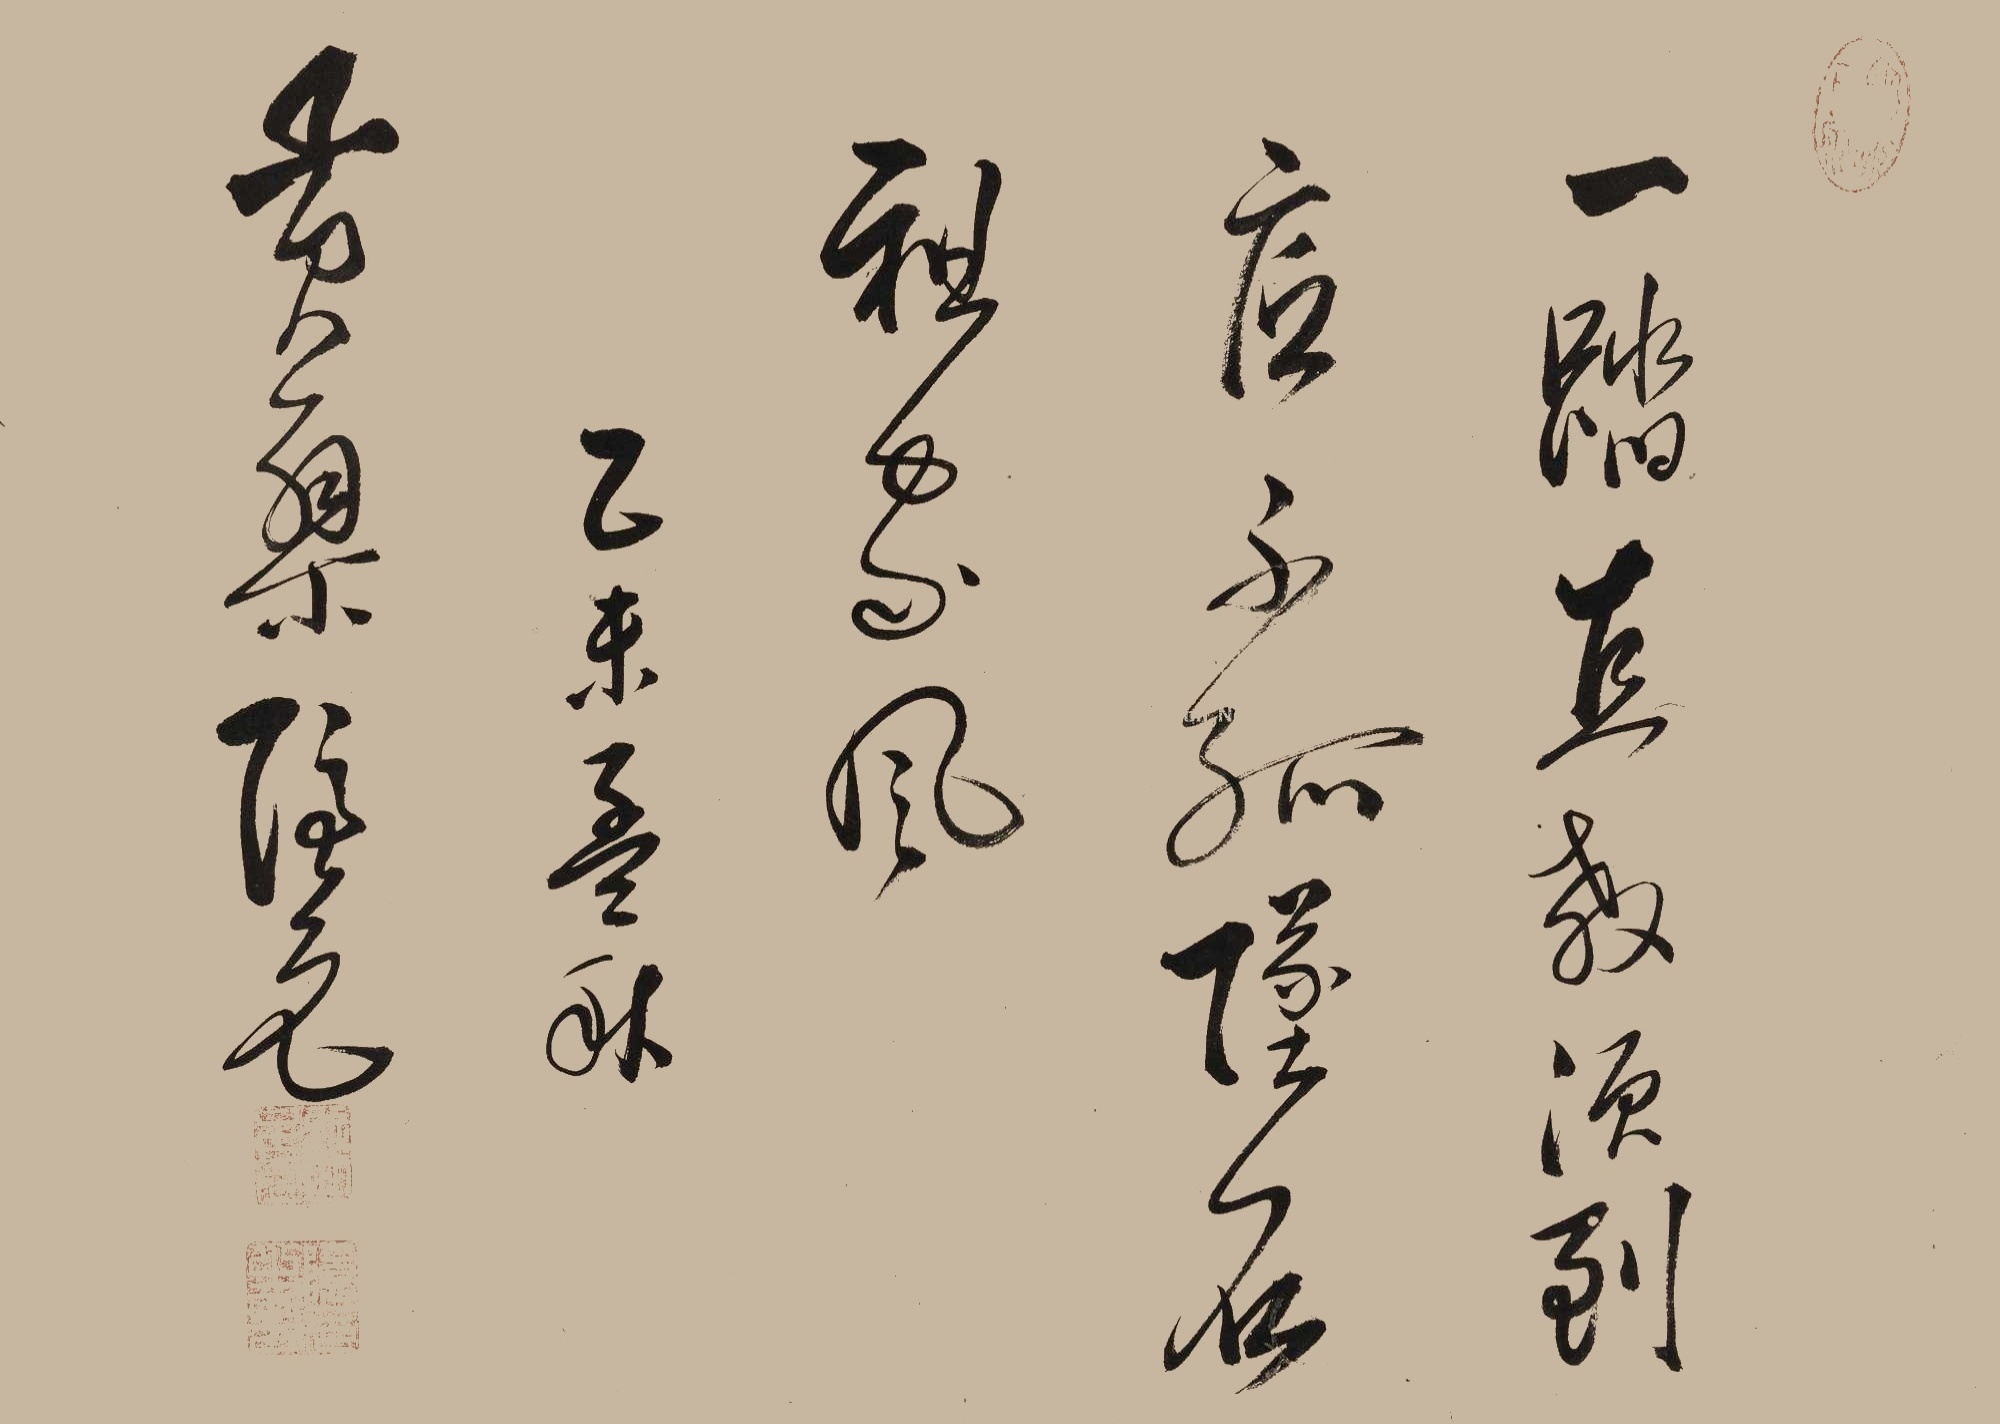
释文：一踏直教须到底，不孤坠石祖家风。乙未孟秋，黄檗隐元。